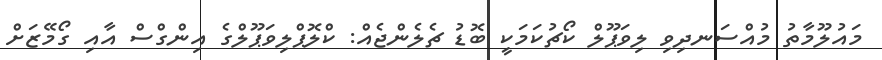
މައުލޫމާތު މުއްސަނދިވި ލިވަޕޫލް ކޯޗުކަމަކީ ބޮޑު ޗެލެންޖެއް: ކްލޮޕްލިވަޕޫލްގެ އިންގްސް އާއި ގޯމޭޒަށް